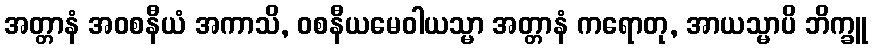
အတ္တာနံ အဝစနီယံ အကာသိ, ဝစနီယမေဝါယသ္မာ အတ္တာနံ ကရောတု, အာယသ္မာပိ ဘိက္ခူ